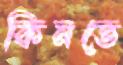
কিনতে